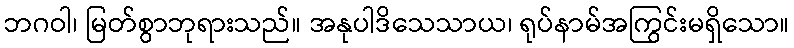
ဘဂဝါ၊ မြတ်စွာဘုရားသည်။ အနုပါဒိသေသာယ၊ ရုပ်နာမ်အကြွင်းမရှိသော။